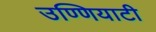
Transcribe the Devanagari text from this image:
उण्णियाटी